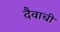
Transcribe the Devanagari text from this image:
दैवाची